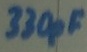
Text: 330pF